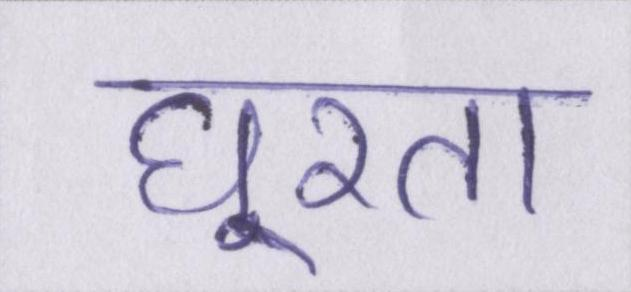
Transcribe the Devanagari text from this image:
घूरता